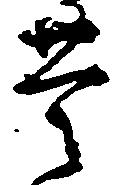
豊